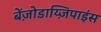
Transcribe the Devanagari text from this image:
बेंज़ोडाय्ज़िपाइंस